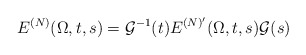
\begin{align*}E^{(N)}(\Omega,t,s)=\mathcal{G}^{-1}(t)E^{(N)'}(\Omega,t,s)\mathcal{G}(s)\end{align*}